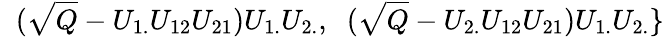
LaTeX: \; \; (\sqrt{Q}-U_{1.}U_{12}U_{21})U_{1.}U_{2.},\; \; (\sqrt{Q}-U_{2.}U_{12}U_{21})U_{1.}U_{2.}\}